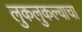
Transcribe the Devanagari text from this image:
लुकलुकल्याचा